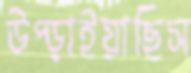
উপ্‌ড়াইয়াছিস